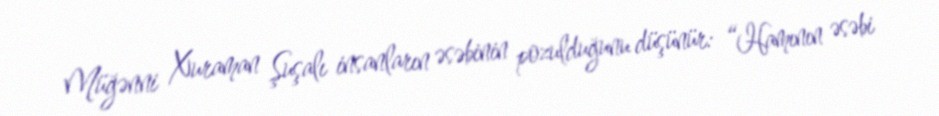
Müğənni Xuraman Şuşalı insanların əsəbinin pozulduğunu düşünür: “Hamının əsəbi